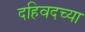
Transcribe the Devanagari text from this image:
दहिवदच्या